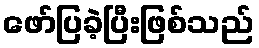
ဖော်ပြခဲ့ပြီးဖြစ်သည်